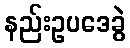
နည်းဥပဒေခွဲ